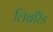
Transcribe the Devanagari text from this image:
लिब्रॉरैंड